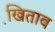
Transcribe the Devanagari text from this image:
खि़ताब